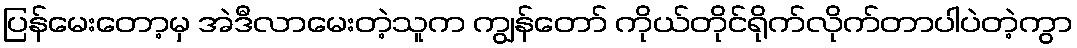
ပြန်မေးတော့မှ အဲဒီလာမေးတဲ့သူက ကျွန်တော် ကိုယ်တိုင်ရိုက်လိုက်တာပါပဲတဲ့ကွာ